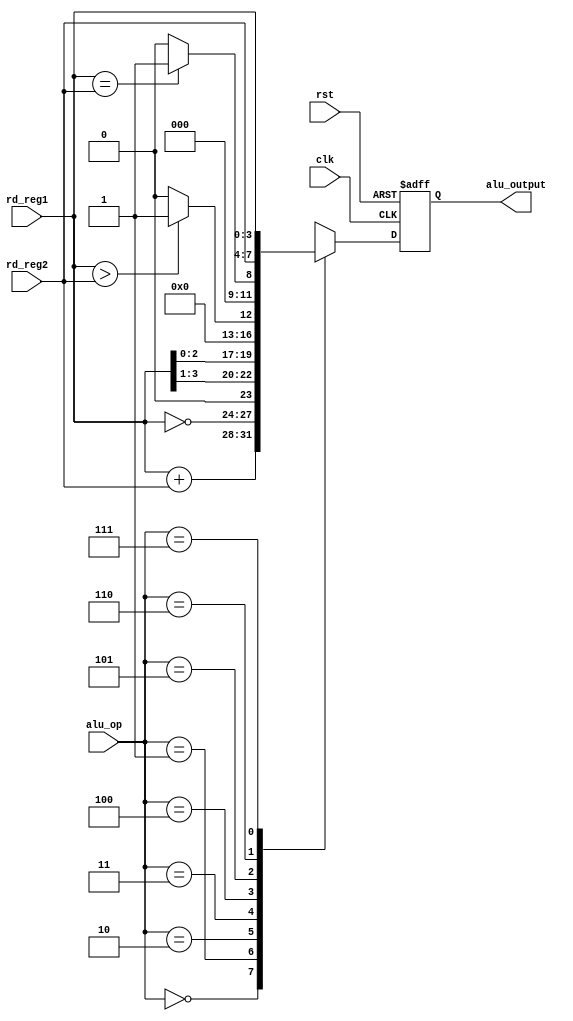
`timescale 1ns / 1ps
//////////////////////////////////////////////////////////////////////////////////
// Company: 
// Engineer: 
// 
// Design Name: 
// Module Name:    alu 
// Project Name: 
// Target Devices: 
// Tool versions: 
// Description: 
//
// Dependencies: 
//
// Revision: 
// Revision 0.01 - File Created
// Additional Comments: 
//
//////////////////////////////////////////////////////////////////////////////////
module alu(
	input clk,
    input rst,
    input [3:0] rd_reg1,
    input [3:0] rd_reg2,
    input [2:0] alu_op,
    output reg [3:0] alu_output
    );

always @(posedge clk or posedge rst) begin
	if (rst) begin
		alu_output <= 3'b000;
	end
	else case (alu_op)
		3'b000:begin 			//Suma
			alu_output = rd_reg1 + rd_reg2;
		end
		3'b001:begin 			//Negador
			alu_output = ~rd_reg1;
		end
		3'b010:begin 			//Corrimiento a la derecha
			alu_output = rd_reg1>>1;
		end
		3'b011:begin 			//Corrimiento a la izquierda
			alu_output = rd_reg1<<1;
		end
		3'b100:begin 			//Comparacion A > B
			alu_output = (rd_reg1 > rd_reg2) ? 4'b0001 : 4'b0000;
		end
		3'b101:begin 			//Comparacion A == B
			alu_output = (rd_reg1 == rd_reg2) ? 4'b0001 : 4'b0000;
		end
		3'b110:begin 			//Operacion de guardar
			alu_output = rd_reg2;
		end
		3'b111:begin 			// Operacion de cargar
			alu_output = rd_reg1;
		end

		default: begin
			alu_output = 4'b0000;
		end
	endcase
end


endmodule